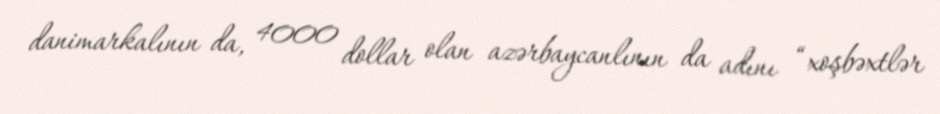
danimarkalının da, 4000 dollar olan azərbaycanlının da adını “xoşbəxtlər